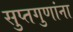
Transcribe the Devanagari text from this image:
सुप्तगुणांना